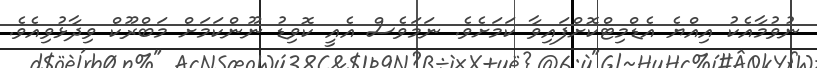
ނުވުމާއެކު އިއްޔެ އެޑްމިޓްކޮށްފައިވާ ކަމަށެވެ. ނަމަވެސް އެއީ ކޮވިޑު ނޫންކަމަށް މަބްރޫކް ވިދާޅުވިއެވެ.